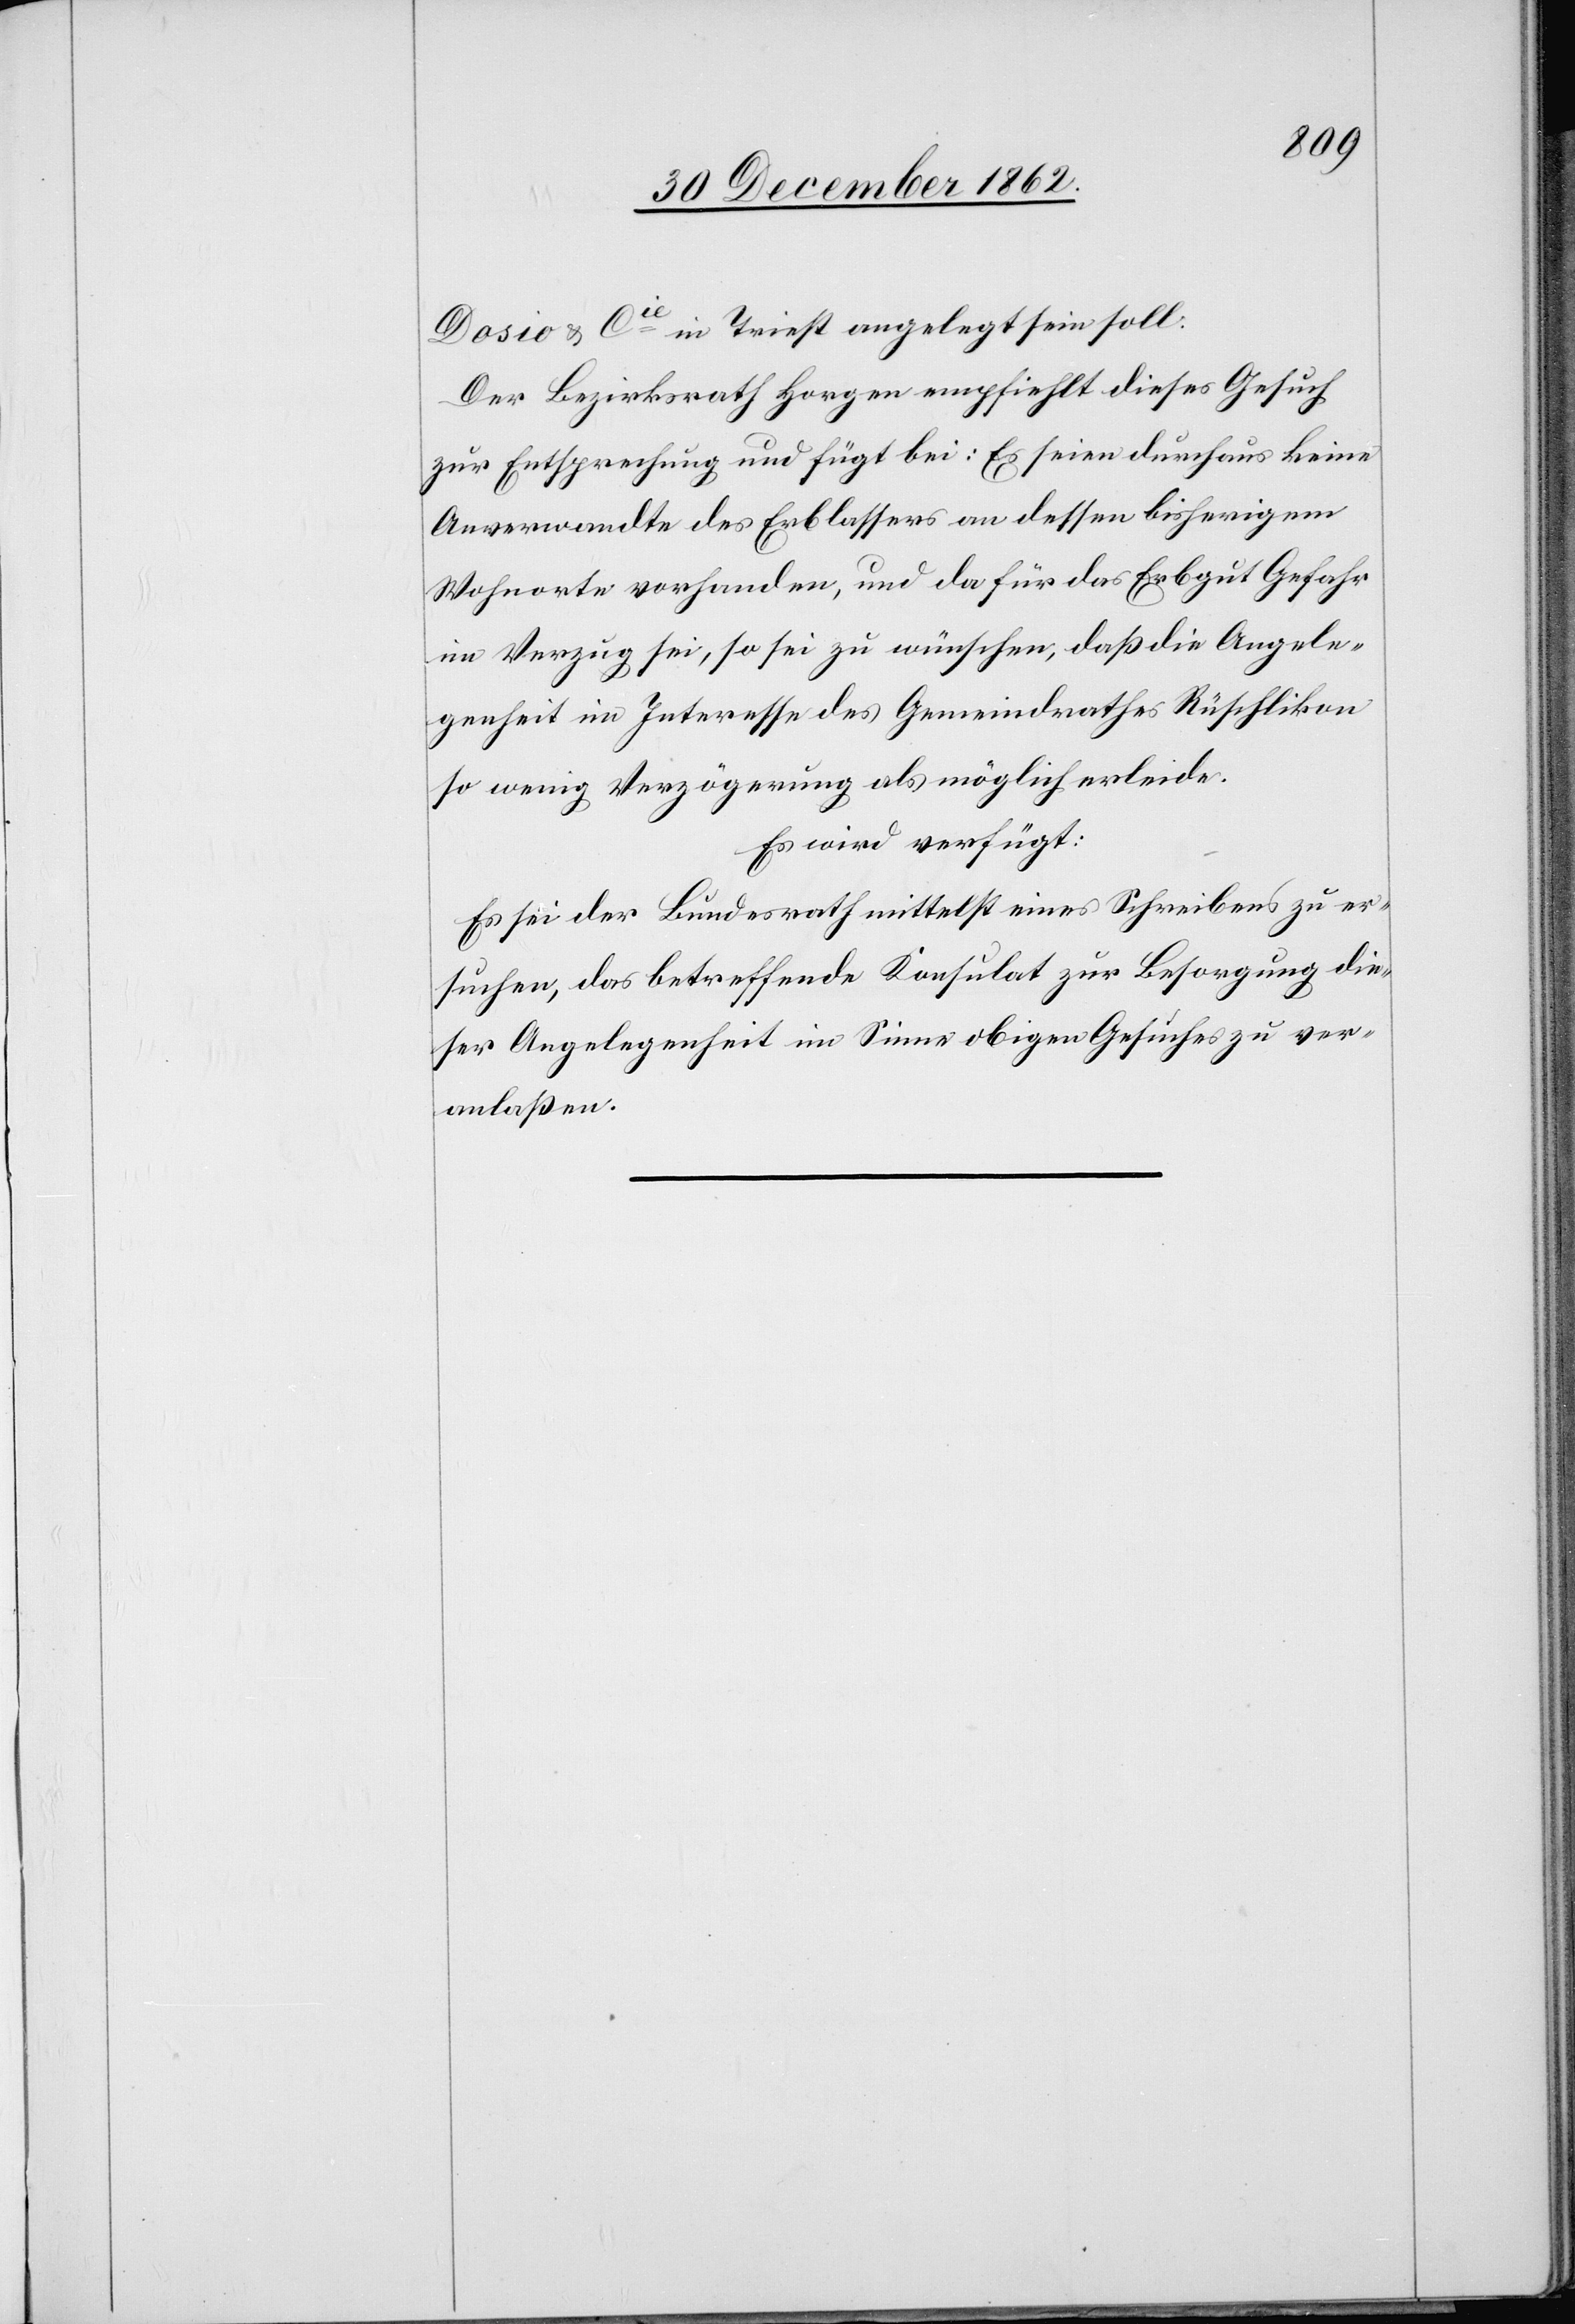
Dosio u. Cie in Triest angelegt sein soll.
Der Bezirksrath Horgen empfiehlt dieses Gesuch
zur Entsprechung und fügt bei: Es seien durchaus keine
Anverwandten des Erblassers an dessen bisherigem
Wohnorte vorhanden, und da für das Erbgut Gefahr
im Verzug sei, so sei zu wünschen, daß die Angele¬
genheit im Interesse des Gemeindrathes Rüschlikon
so wenig Verzögerung als möglich erleide.
Es wird verfügt:
Es sei der Bundesrath mittelst eines Schreibens zu er¬
suchen, das betreffende Konsulat zur Besorgung die¬
ser Angelegenheit im Sinne obigen Gesuches zu ver¬
anlaßten.